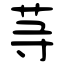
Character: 䒭